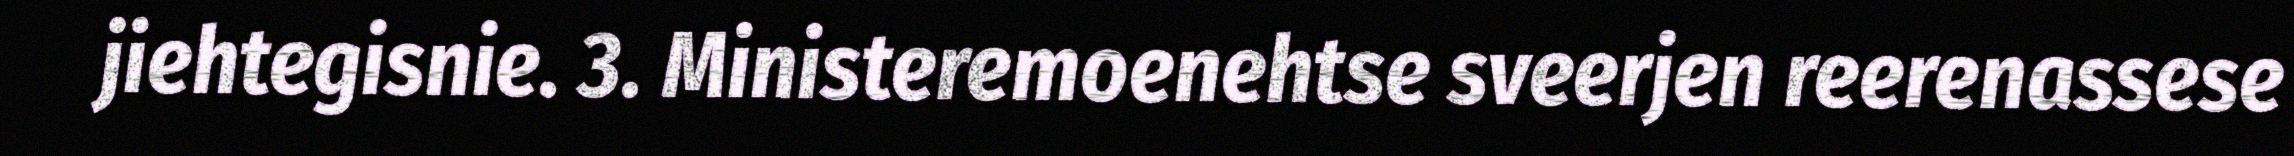
jiehtegisnie. 3. Ministeremoenehtse sveerjen reerenassese